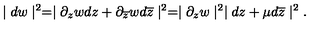
\mid d w \mid ^ { 2 } = \mid \partial _ { z } w d z + \partial _ { \overline { { z } } } w d \overline { { z } } \mid ^ { 2 } = \mid \partial _ { z } w \mid ^ { 2 } \mid d z + \mu d \overline { { z } } \mid ^ { 2 } .